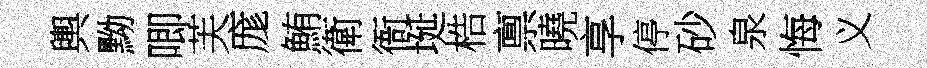
輿黝唧芙庬鮪衛衙埏梏禀曉享停砂泉悔义